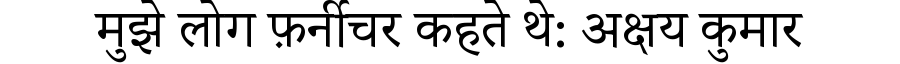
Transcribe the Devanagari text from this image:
मुझे लोग फ़र्नीचर कहते थे: अक्षय कुमार